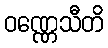
ဝဏ္ဏေသီတိ